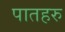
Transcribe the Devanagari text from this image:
पातहरु